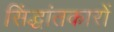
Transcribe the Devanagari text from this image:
सिंद्धांतकारों